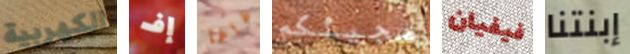
الكهربية إف غاغا مجيئكم فيفيان إبنتنا